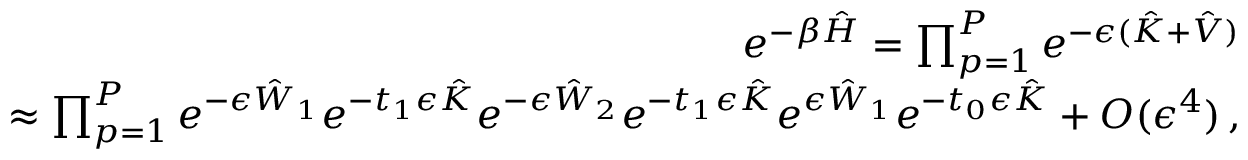
\begin{array} { r l r } & { } & { e ^ { - \beta \hat { H } } = \prod _ { p = 1 } ^ { P } e ^ { - \epsilon ( \hat { K } + \hat { V } ) } } \\ & { } & { \approx \prod _ { p = 1 } ^ { P } e ^ { - \epsilon \hat { W } _ { 1 } } e ^ { - t _ { 1 } \epsilon \hat { K } } e ^ { - \epsilon \hat { W } _ { 2 } } e ^ { - t _ { 1 } \epsilon \hat { K } } e ^ { \epsilon \hat { W } _ { 1 } } e ^ { - t _ { 0 } \epsilon \hat { K } } + O ( \epsilon ^ { 4 } ) \, , } \end{array}